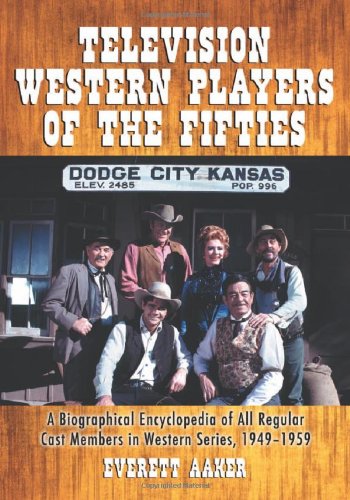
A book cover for Television Western Players of the Fifties: A Biographical Encyclopedia of All Regular Cast Members in Western Series, 1949-1959; Everett Aaker; Humor & Entertainment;